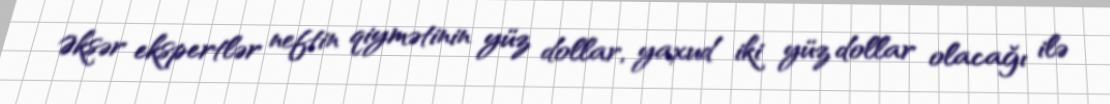
Əksər ekspertlər neftin qiymətinin yüz dollar, yaxud iki yüz dollar olacağı ilə